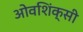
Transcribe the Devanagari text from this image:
ओवशिंक्सी